Reports on dispensaries and lunatic asylums in the Province of Oudh - 1869-1876
Year: 1869
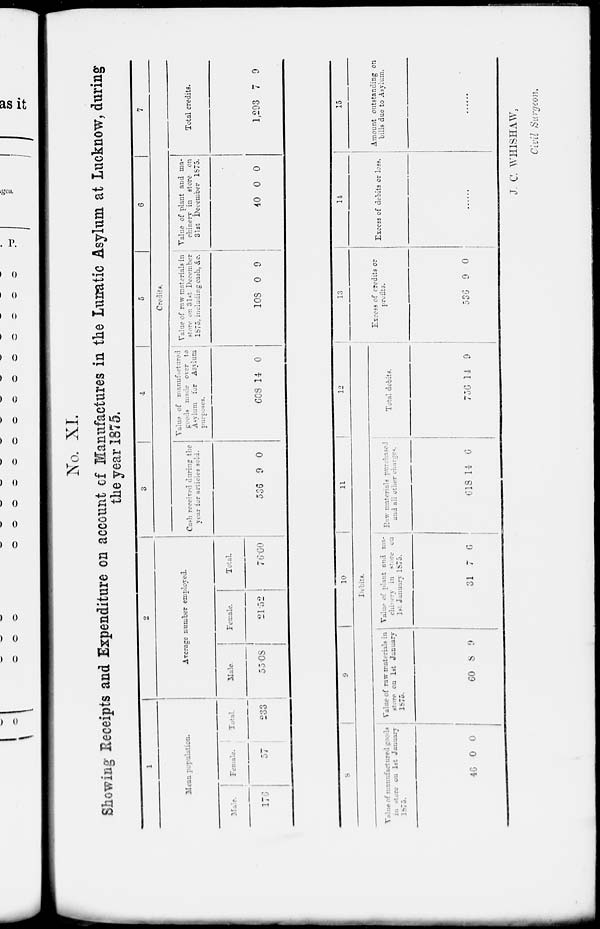
No. XI.
Showing Receipts and Expenditure on account of Manufactures in the Lunatic Asylum at Lucknow, during
the year 1875.
1
Mean
population.
Male.
176
Female.
57
Total.
233
2
Average number employed.
Male.
55.08
Female.
21.52
Total.
76.60
3
4
5
6
7
Credits.
Cash received during the
year for articles sold.
536
9 0
Value of manufactured
goods
made
over to
Asylum for Asylum.
purposes.
608 14 0
Value of raw materials in
store on 31st December
1875, including cash. &c.
108 0 9
Value of plant and ma-
chinery in store on
31st December 1875.
40 0 0
Total credits.
1,293 7 9
8
9
10
11
12
Debits.
Value of manufactured goods
in store on 1st January
1875.
46
0
0
Value of raw materials in
store on 1st January
1875.
60 8 9
Value of plant and ma-
chinery
in store on
1st January 1875.
31 7 6
Raw materials purchased
and all other charges.
618 14
6
Total debits.
756 14 9
13
Excess of credits or
profits.
536
9 0
14
Excess of debits or less.
......
15
Amount outstanding on
bills due to Asylum.
......
J. C. WHISHAW,
Civil Surgeon.